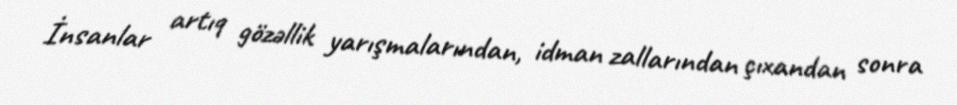
İnsanlar artıq gözəllik yarışmalarından, idman zallarından çıxandan sonra